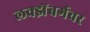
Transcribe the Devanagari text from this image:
लक्झेंबर्गवर